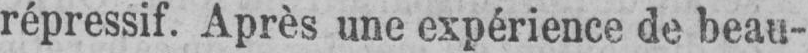
répressif. Après une expérience de beau-